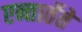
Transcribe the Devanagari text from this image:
एन्तार्तेते